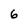
Character: 6